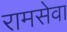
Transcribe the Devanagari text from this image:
रामसेवा